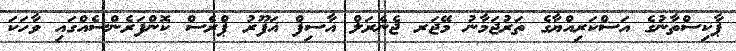
ޕާކިސްތާނުގެ އަސްކަރިއްޔާގެ ތަރުޖަމާނު މޭޖަރ ޖެނެރަލް އާސިފް ޣަފޫރު ޕްރެސް ކޮންފަރެންސެއްގައި ވާހަކަ